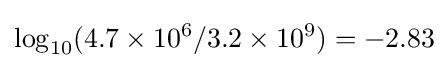
\log _{10}(4.7\times 10^{6}/3.2\times 10^{9})=-2.83